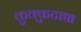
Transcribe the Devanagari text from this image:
कुक्कुटाद्या